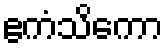
ဧကံသိကော